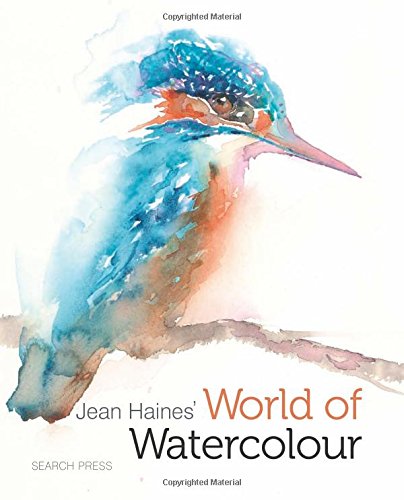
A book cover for Jean Haines' World of Watercolour; Jean Haines; Arts & Photography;